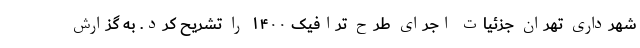
شهرداری تهران جزئیات اجرای طرح ترافیک ۱۴۰۰ را تشریح کرد. به گزارش